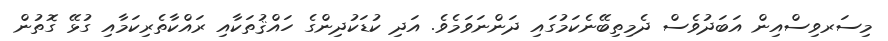
މިސަރވިސްއިން އަބަދުވެސް ދެމިތިބޭނެކަމުގައި ދަންނަވަމެވެ. އަދި ކުޑަކުދިންގެ ހައްޤުތަކާއި ރައްކާތެރިކަމާއި ގުޅޭ ގޮތުން